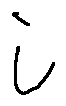
i